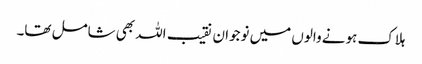
ہلاک ہونے والوں میں نوجوان نقیب اللہ بھی شامل تھا۔